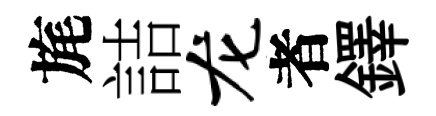
旄詰龙者鐸